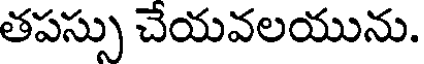
తపస్సు చేయవలయును.